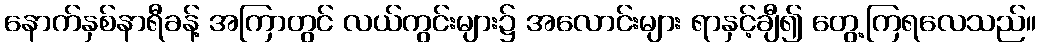
နောက်နှစ်နာရီခန့် အကြာတွင် လယ်ကွင်းများ၌ အလောင်းများ ရာနှင့်ချီ၍ တွေ့ကြရလေသည်။